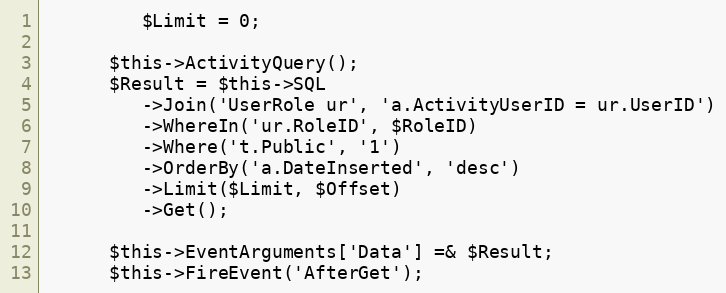
Language: PHP
         $Limit = 0;

      $this->ActivityQuery();
      $Result = $this->SQL
         ->Join('UserRole ur', 'a.ActivityUserID = ur.UserID')
         ->WhereIn('ur.RoleID', $RoleID)
         ->Where('t.Public', '1')
         ->OrderBy('a.DateInserted', 'desc')
         ->Limit($Limit, $Offset)
         ->Get();

      $this->EventArguments['Data'] =& $Result;
      $this->FireEvent('AfterGet');